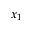
x _ { 1 }